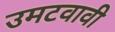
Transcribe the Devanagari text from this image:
उमटवावी